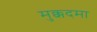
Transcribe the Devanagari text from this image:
मुक्कदमा